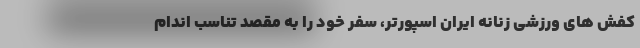
کفش های ورزشی زنانه ایران اسپورتر، سفر خود را به مقصد تناسب اندام